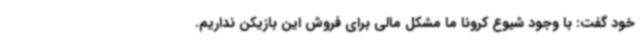
خود گفت: با وجود شیوع کرونا ما مشکل مالی برای فروش این بازیکن نداریم.